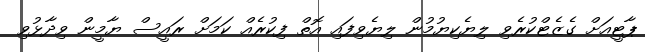
ޕާޓީއަށް ގެޒެޓްކުރެވި ލިޔެކިޔުމުން ލިޔެވިފައި އޮތް ފިކުރެއް ކަމަށް ރައީސް ޔާމީން ވިދާޅުވި